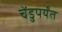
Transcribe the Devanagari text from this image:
चेंडुपर्यंत